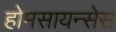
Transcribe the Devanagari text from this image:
होमसायन्सेस